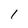
Character: 1